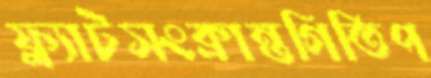
ফ্ল্যাটসংক্রান্তগিতিপ